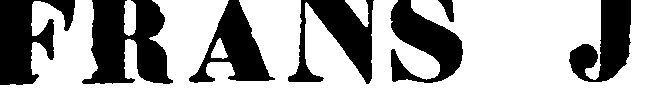
FRANS J